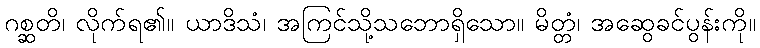
ဂစ္ဆတိ၊ လိုက်ရ၏။ ယာဒိသံ၊ အကြင်သို့သဘောရှိသော။ မိတ္တံ၊ အဆွေခင်ပွန်းကို။